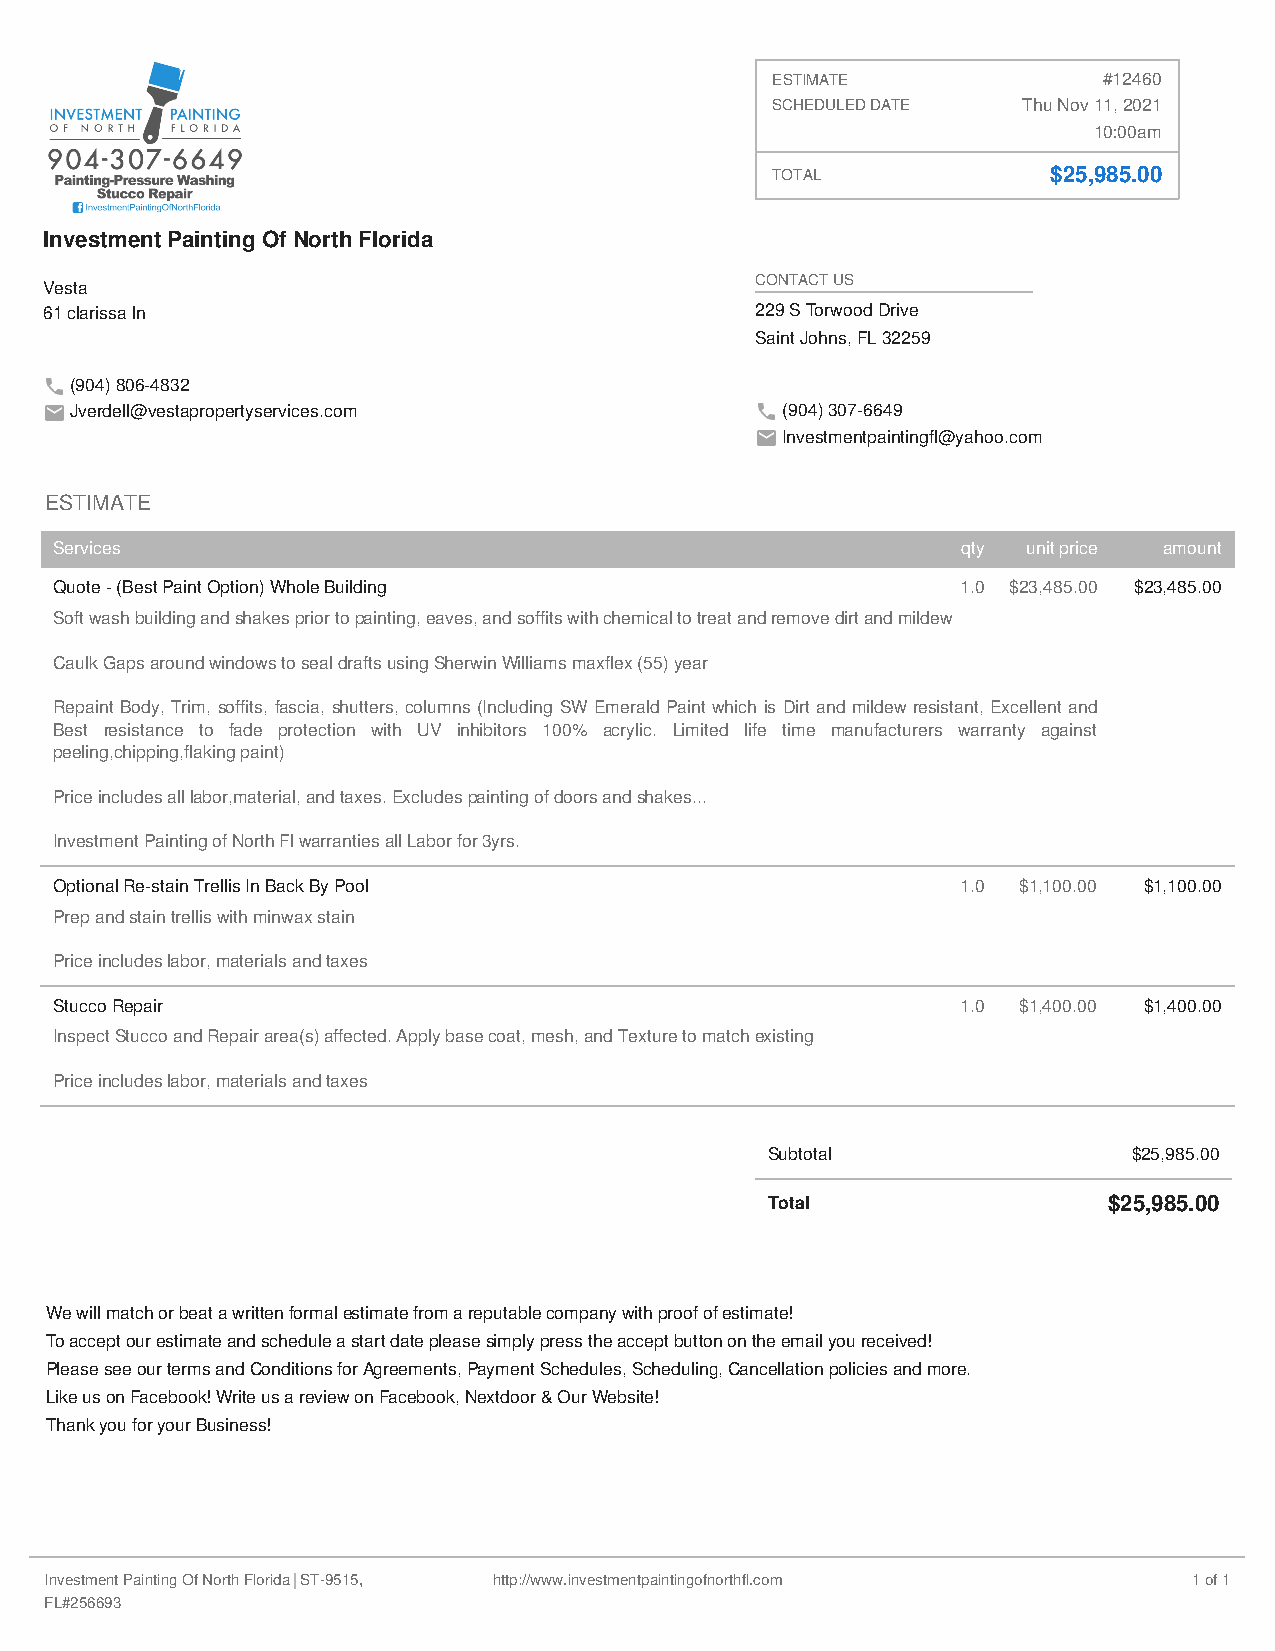
•
 ESTIMATE              #12460
 SCHEDULED DATE   Thu Nov 11, 2021
 INVESTMENT' PAINTING
 OF NORTH FLORIDA                                                     10:00am
 904-307-6649
 Painting-Pressure Washing                      TOTAL              $25,985.00
 Stucco Repair
 I] lnvestmentPaintingOfNorthFlorida
 Investment Painting Of North Florida
 Vesta
 CONTACT US
 61 clarissa ln                                 229 S Torwood Drive
 Saint Johns, FL 32259
 (904) 806-4832
 Jverdell@vestapropertyservices.com           \.. (904) 307-6649
 ~ Investmentpaintingfl@yahoo.com
 ESTIMATE
 Services                                                    qty unit price amount
 Quote -(Best Paint Option) Whole Building                   1.0 $23,485.00 $23,485.00
 Soft wash building and shakes prior to painting, eaves, and soffits with chemical to treat and remove dirt and mildew
 Caulk Gaps around windows to seal drafts using Sherwin Williams maxflex (55) year
 Repaint Body, Trim, soffits, fascia, shutters, columns (Including SW Emerald Paint which is Dirt and mildew resistant, Excellent and
 Best resistance to fade protection with UV inhibitors 100% acrylic. Limited life time manufacturers warranty against
 peeling,chipping,flaking paint)
 Price includes all labor,material, and taxes. Excludes painting of doors and shakes...
 Investment Painting of North Fl warranties all Labor for 3yrs.
 Optional Re-stain Trellis In Back By Pool                   1.0 $1,100.00 $1,100.00
 Prep and stain trellis with minwax stain
 Price includes labor, materials and taxes
 Stucco Repair                                               1.0 $1,400.00 $1,400.00
 Inspect Stucco and Repair area(s) affected. Apply base coat, mesh, and Texture to match existing
 Price includes labor, materials and taxes
 Subtotal                $25,985.00
 Total                 $25,985.00
 We will match or beat a written formal estimate from a reputable company with proof of estimate!
 To accept our estimate and schedule a start date please simply press the accept button on the email you received!
 Please see our terms and Conditions for Agreements, Payment Schedules, Scheduling, Cancellation policies and more.
 Like us on Facebook! Write us a review on Facebook, Nextdoor & Our Website!
 Thank you for your Business!
 Investment Painting Of North Florida ST-9515, http://www.investmentpaintingofnorthfl.com 1 of 1
 FL#256693